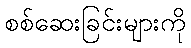
စစ်ဆေးခြင်းများကို